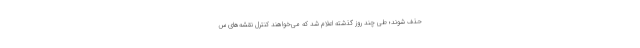
حذف شوند؛ طی چند روز گذشته اعلام شد که می‌خواهند کنترل نقشه‌های س